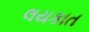
લયકાત